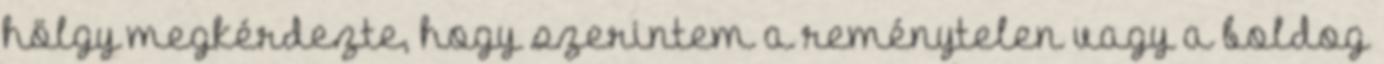
hölgy megkérdezte, hogy szerintem a reménytelen vagy a boldog